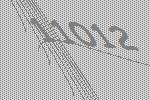
11012